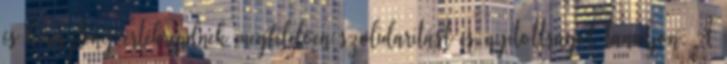
és keresztény értékrendnek megfelelően szolidaritást és nyitottságot tanuljon. A